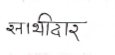
मजकूर: साथीदार